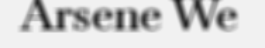
Arsene We